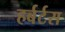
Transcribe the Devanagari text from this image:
हर्बर्टस